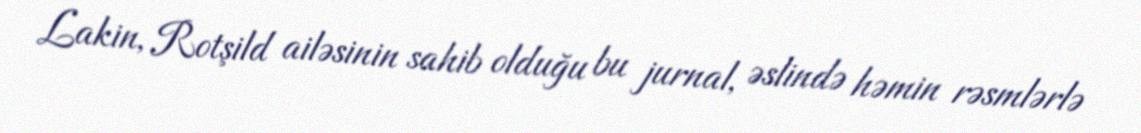
Lakin, Rotşild ailəsinin sahib olduğu bu jurnal, əslində həmin rəsmlərlə